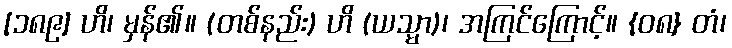
[၁၈၉] ဟိ၊ မှန်၏။ (တစ်နည်း) ဟိ (ယသ္မာ)၊ အကြင်ကြောင့်။ {၀၈} တံ၊